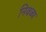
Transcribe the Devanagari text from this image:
निवळा